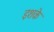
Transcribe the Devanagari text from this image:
इशके